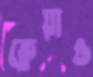
ক্লেয়াও